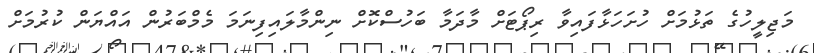
މަޖިލީހުގެ ތަޅުމަށް ހުށަހަޅާފައިވާ ރިޕޯޓަށް މާދަމާ ބަހުސްކޮށް ނިންމާލައިފިނަމަ މެމްބަރުން އައްޔަން ކުރުމަށް